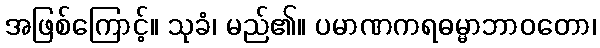
အဖြစ်ကြောင့်။ သုခံ၊ မည်၏။ ပမာဏကရဓမ္မာဘာဝတော၊